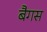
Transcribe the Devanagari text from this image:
बैगस